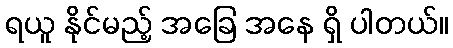
ရယူ နိုင်မည့် အခြေ အနေ ရှိ ပါတယ်။